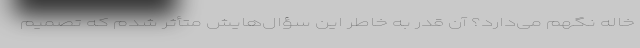
خاله نگهم می‌دارد؟ آن قدر به خاطر این سؤال‌هایش متأثر شدم که تصمیم